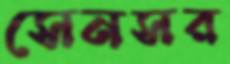
সেনসর